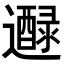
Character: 𨘭